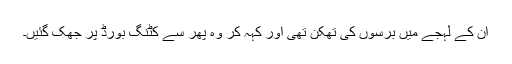
ان کے لہجے میں برسوں کی تھکن تھی اور کہہ کر وہ پھر سے کٹنگ بورڈ پر جھک گئیں۔